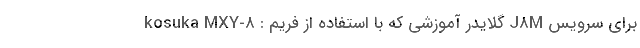
kosuka MXY-8 : گلایدر آموزشی که با استفاده از فریم J8M برای سرویس